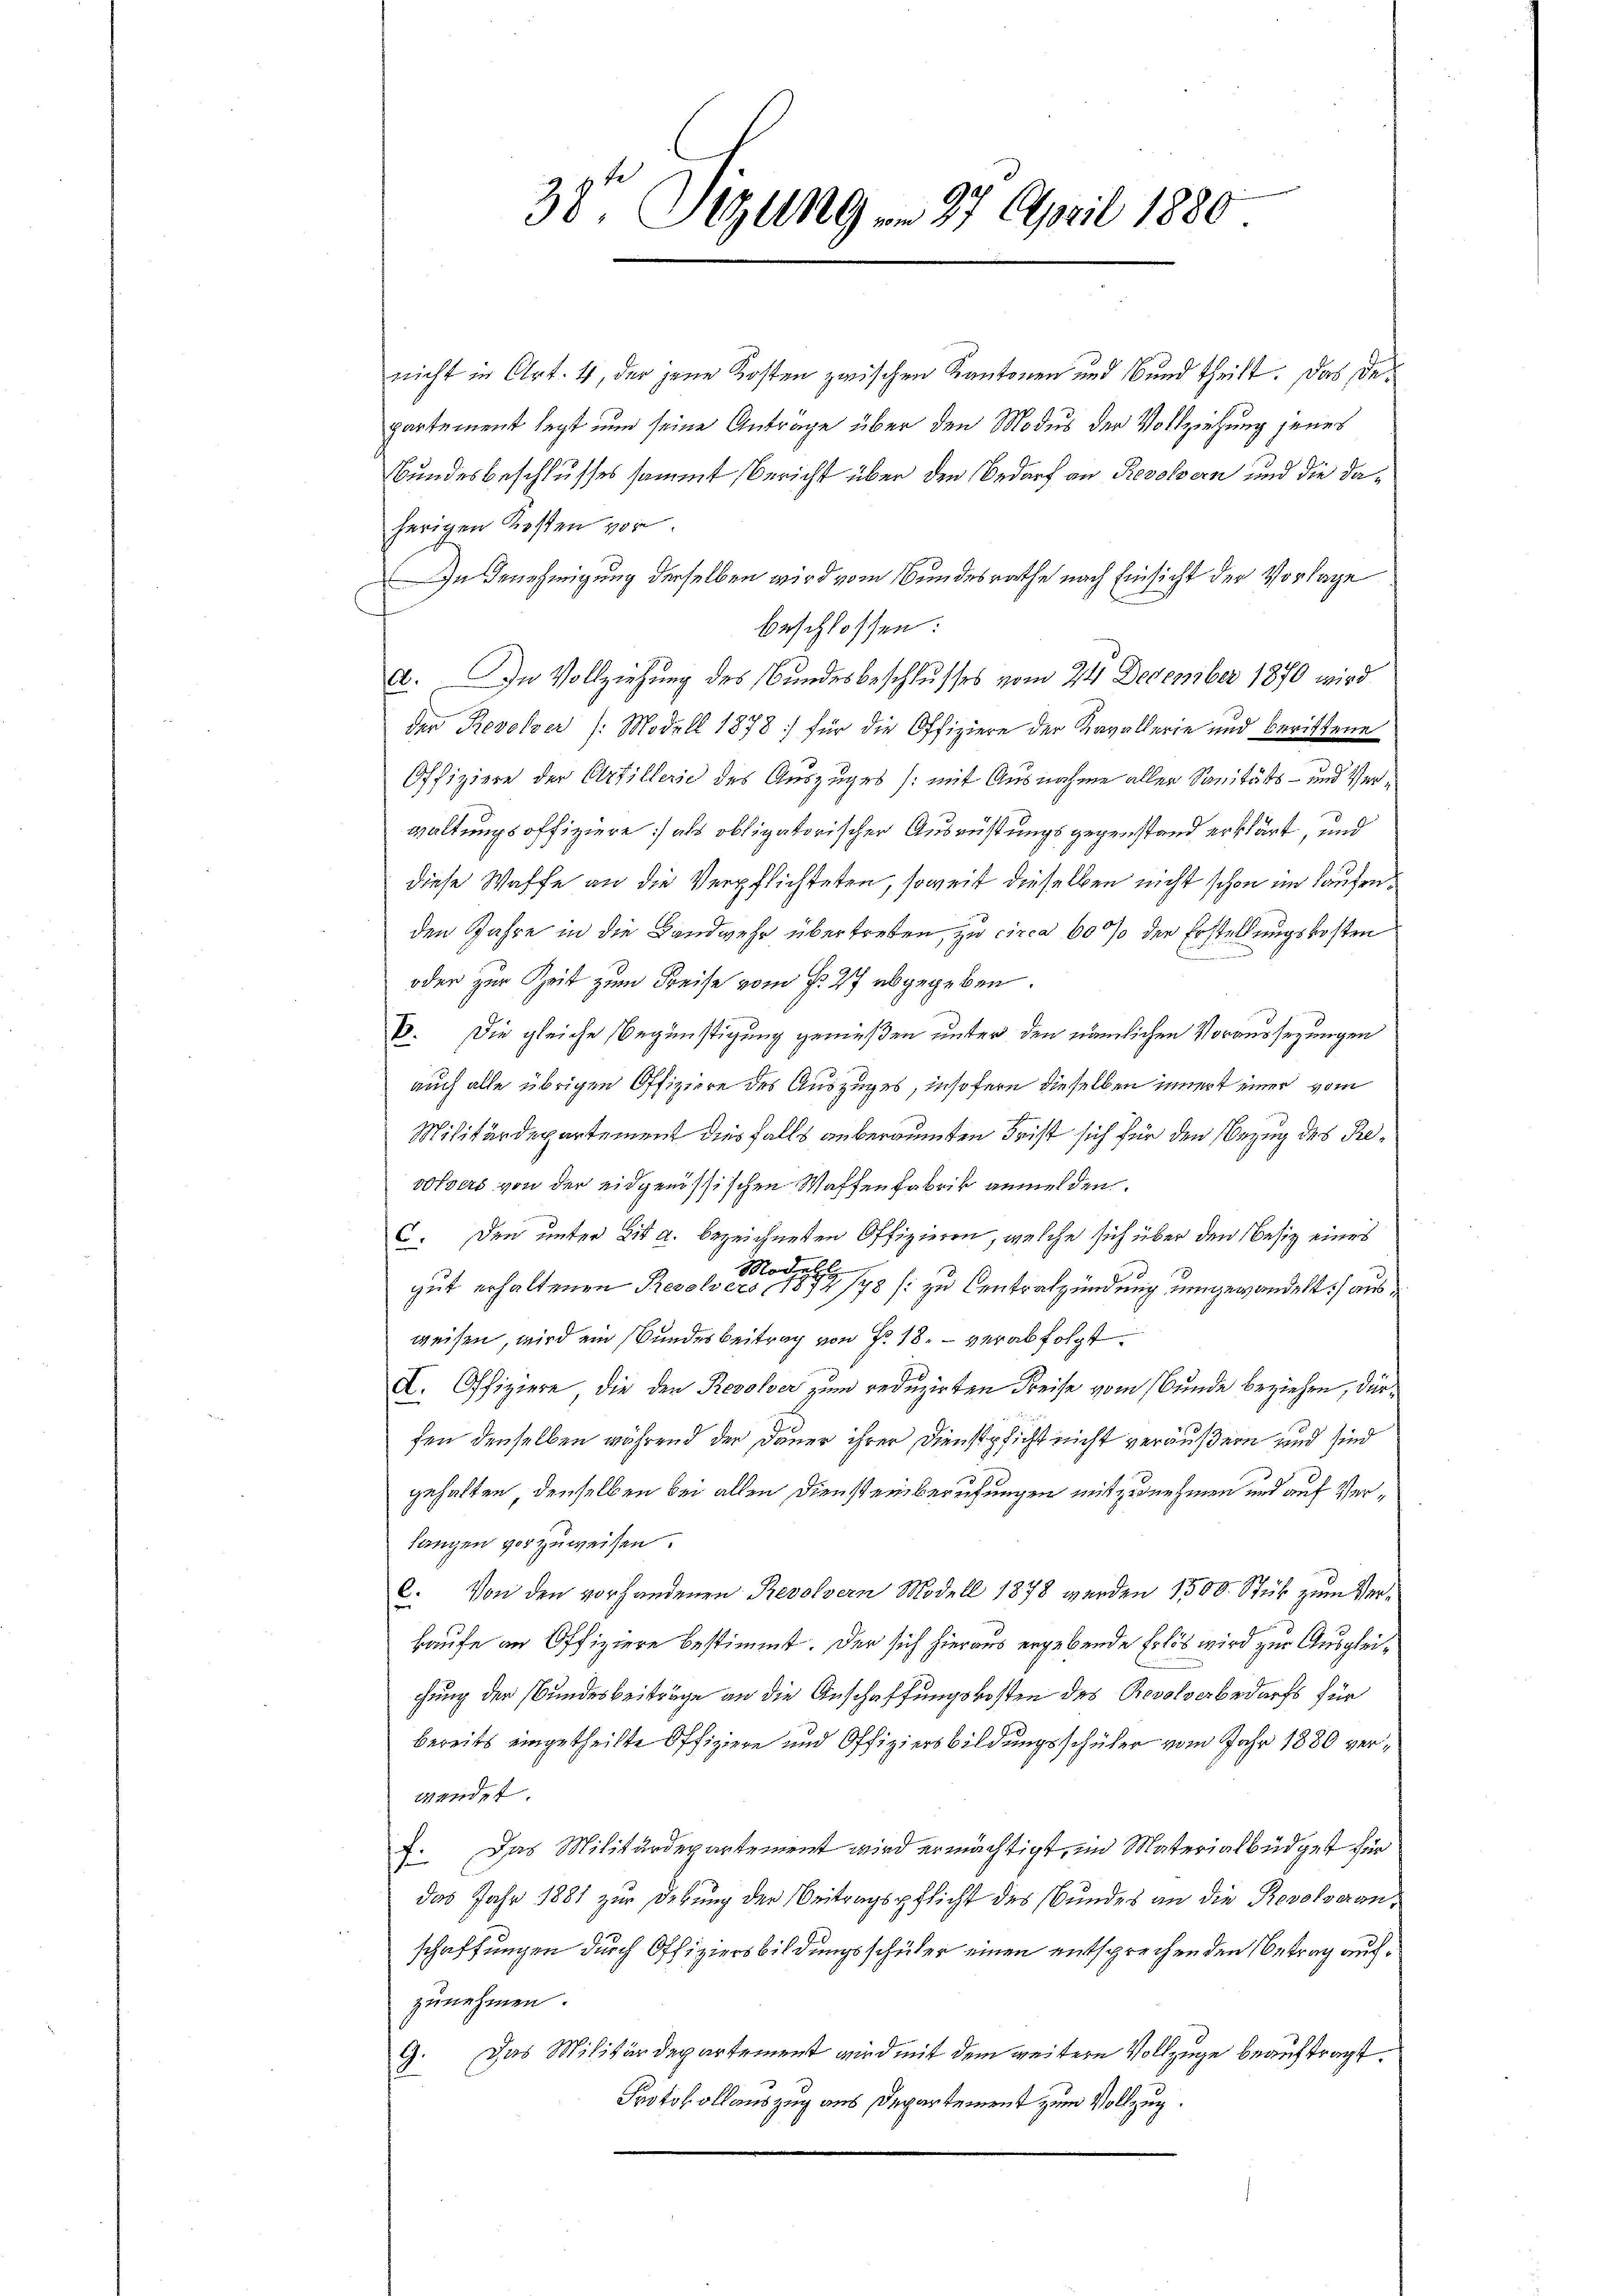
38 Sizung am 27. April 1880

nicht in Art. 4, der jene Kosten zwischen Kantonen und Bŭnd theilt. Das De-
partement legt nun seine Anträge über den Modus der Vollziehung jenes
Bundesbeschlusses sammt Bericht über den Bedarf an Resoldern und die daherigen Kosten vor.
In Genehmigung derselben wird vom Bundesrathe nach Einsicht der Vorlage
beschlossen:
a. In Vollziehung des Bundesbeschlusses vom 24 December 1870 wird
der Revelzer /: Modell 1878; für die Offiziere der Kavallerie und berittene
Offiziere der Artillerie des Auszuges /: mit Ausnahme aller Sanitäts- und Verwaltungsoffiziere als obligatorischer Ausrüstungsgegenstand erklärt, und
diese Waffe an die Verpflichteten, soweit dieselben nicht schon im Laufenden Jahre in die Landwehr übertreten, zu circa 60 % der Erstellungskosten
oder zur Zeit zum Kreise vom § 27 abgegeben.
B. Die gleiche Begünstigung genießen unter den nämlichen Voraussezungen
auch alle übrigen Offiziere des Auszuges, insofern dieselben innert einer vom
Militärdepartement dies falls anberaumten Frist sich für den Bezug des Revolvers von der eidgenössischen Waffenfabrik anmelden.
C. Den unter bis a. bezeichneten Offizieren, welche sich über den Besitz eines
Modelh
gut erhaltenen Resolvers, 1877/78 (: zu Centratzündung umgewandelt ausweisen, wird ein Bundesbeitrag von Fr. 18. verabfolgt.
X. Offiziere, die den Resolver zum reduzirten Kreise vom Bunde beziehen, dürfen denselben während der Dauer ihrer Dienstpsicht nicht veräußern und sind
gehalten, denselben bei allen Diensteinberufungen mit zunehmen und auf Verlangen vorzuweisen.
C. Von den vorhandenen Revolzern Modell 1878 werden 1500 Stük zum Ver¬
Baufe an Offiziere bestimmt. Der sich hieraus ergebende Erlös wird zur Ausgleichung der Bundesbeiträge an die Anschaffungskosten des Revolverbedarfs für
bereits eingetheilte Offiziere und Offiziersbildungsschüler vom Jahr 1880 verwendet.
7. Das Militärdepartement wird ermächtigt, im Materialbüdget für
das Jahr 1881 zur Debung der Beitragspflicht des Bundes an die Revolveranschaffungen durch Offiziersbildungsschüler einen entsprechenden Betrag aufzunehmen.
Das Militärdepartement wird mit dem weitere Vollzuge beauftragt.
2.
Protokollauszug aus Departement zum Vollzug.